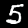
Digit: 5